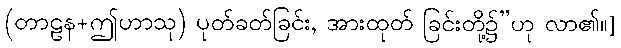
(တာဠန+ဤဟာသု) ပုတ်ခတ်ခြင်း, အားထုတ် ခြင်းတို့၌”ဟု လာ၏။]